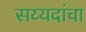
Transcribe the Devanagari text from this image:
सय्यदांचा